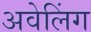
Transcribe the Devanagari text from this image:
अवेलिंग